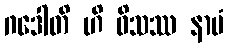
ဂဒေါတိ ဟိ ဝိသဿ နာမံ